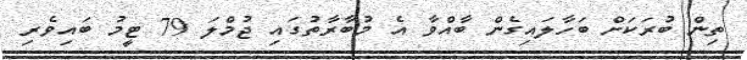
ތިން ބުރަކަށް ބަހާލައިގެން ބާއްވާ އެ މުބާރާތުގައި ޖުމްލަ 79 ޓީމު ބައިވެރި